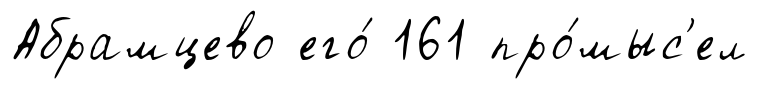
Абрамцево его́ 161 про́мыс'ел